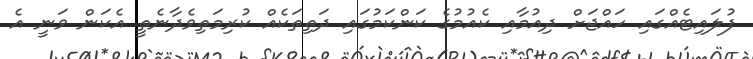
ފުލައިޓެއްގައި ހައްޖަށް ދިއުމާއި ކެއުމުގެ ކަންކަމުގައި ދަތިތަކެއް ކުރިމަތިވެދާނެތީ އެކަން ވަނީ އެ